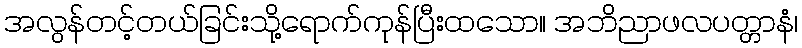
အလွန်တင့်တယ်ခြင်းသို့ရောက်ကုန်ပြီးထသော။ အဘိညာဖလပတ္တာနံ၊